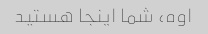
اوه، شما اینجا هستید